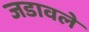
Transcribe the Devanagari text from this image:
जडावले